Vaccination United Provinces of Agra and Oudh 1923-1928 - 1923-1928
Year: 1923
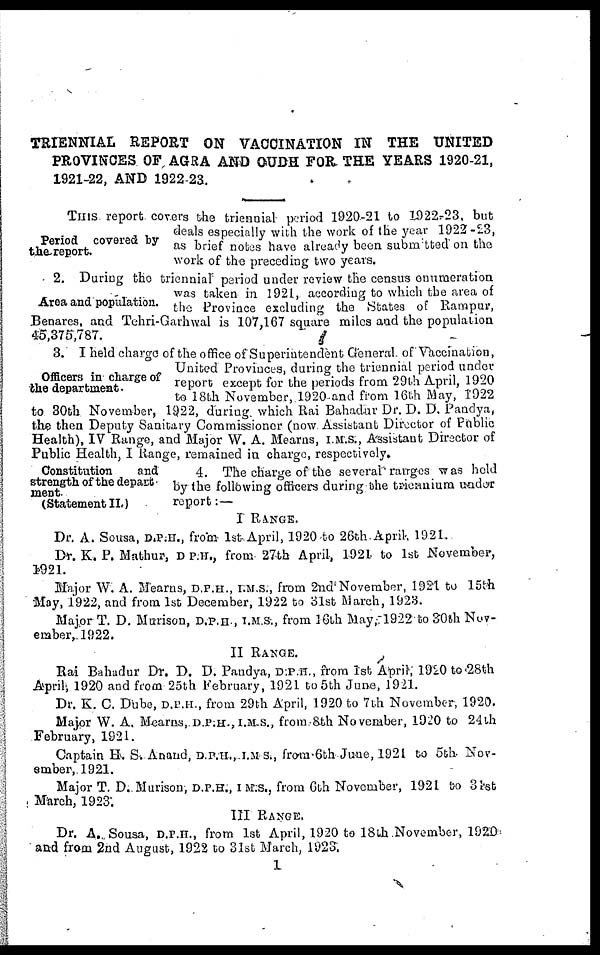
TRIENNIAL REPORT ON VACCINATION IN THE UNITED
PROVINCES OF AGRA AND OUDH FOR THE YEARS 1920-21,
1921-22, AND 1922-23.
Period covered by
the-report.
THIS report covers the triennial period 1920-21 to 1922-23, but
deals especially with the work of the year 1922 -23,
as brief notes have already been submitted on the
work of the preceding two years.
Area and population.
2. During the triennial period under review the census enumeration
was taken in 1921, according to which the area of
the Province excluding the States of Rampur,
Benares, and Tehri-Garhwal is 107,167 square miles and the population
45,375,787.
Officers in charge of
the department.
3. I held charge of the office of Superintendent General of Vaccination,
United Provinces, during the triennial period under
report except for the periods from 29th April, 1920
to 18th November, 1920 and from 16th May, 1922
to 30th November, 1922, during. which Rai Bahadur Dr. D. D. Pandya,
the then Deputy Sanitary Commissioner (now Assistant Director of Public
Health), IV Range, and Major W. A. Mearns, I.M.S., Assistant Director of
Public Health, I Range, remained in charge, respectively.
Constitution
and
strength of the depart-
ment.
(Statement II.)
4. The charge of the several ranges was held
by the following officers during the triennium under
report:—
I RANGE.
Dr. A. Sousa, D.P.H., from 1st April, 1920 to 26th April, 1921.
Dr. K. P. Mathur, D P.H., from 27th April, 1921 to 1st November,
1921.
Major W. A. Mearns, D.P.H., I.M.S., from 2nd November, 1921 to 15th
May, 1922, and from 1st December, 1922 to 31st March, 1923.
Major T. D. Murison, D.P.H., I.M.S., from 16th May 1922 to 30th Nov-
ember, 1922.
II RANGE.
Rai Bahadur Dr. D. D. Pandya, D.P.H., from 1st April, 1920 to 28th
April, 1920 and from 25th February, 1921 to 5th June, 1921.
Dr. K. C. Dube, D.P.H., from 29th April, 1920 to 7th November, 1920.
Major W. A. Mearns, D.P.H., I.M.S., from 8th November, 1920 to 24th
February, 1921.
Captain H. S. Anand, D.P.H., I.M.S., from 6th June, 1921 to 5th Nov-
ember, 1921.
Major T. D. Murison, D.P.H., I.M.S., from 6th November, 1921 to 31st
March, 1923.
III RANGE.
Dr. A. Sousa, D.P.H., from 1st April, 1920 to 18th November, 1920
and from 2nd August, 1922 to 31st March, 1923.
1